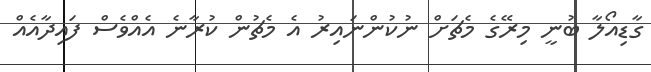
ގާޑިއޯލާ ބުނީ މިރޭގެ މެޗަށް ނުކުންނައިރު އެ މެޗުން ކުރާނެ އެއްވެސް ފައިދާއެއް